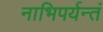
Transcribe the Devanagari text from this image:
नाभिपर्यन्तं